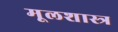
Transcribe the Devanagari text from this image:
मूलशास्त्र